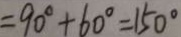
= 9 0 ^ { \circ } + 6 0 ^ { \circ } = 1 5 0 ^ { \circ }